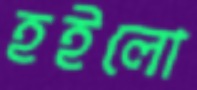
হইলো